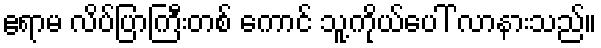
ဧရာမ လိပ်ပြာကြီးတစ် ကောင် သူ့ကိုယ်ပေါ် လာနားသည်။